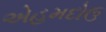
એહમદોઉ